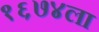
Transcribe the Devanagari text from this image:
१६७४ला